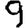
Digit: 9